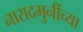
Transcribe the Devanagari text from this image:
नारादमुनींच्या